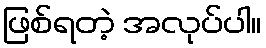
ဖြစ်ရတဲ့ အလုပ်ပါ။